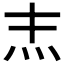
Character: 𤆖